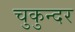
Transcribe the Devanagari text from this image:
चुकुन्दर